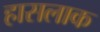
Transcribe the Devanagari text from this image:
हासलाक